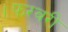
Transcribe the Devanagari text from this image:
।फरवरी